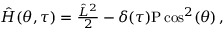
\begin{array} { r } { \hat { H } ( \theta , \tau ) = \frac { \hat { L } ^ { 2 } } { 2 } - \delta ( \tau ) \mathrm { P } \cos ^ { 2 } ( \theta ) \, , } \end{array}